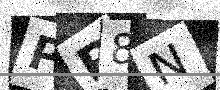
Text: PP8N